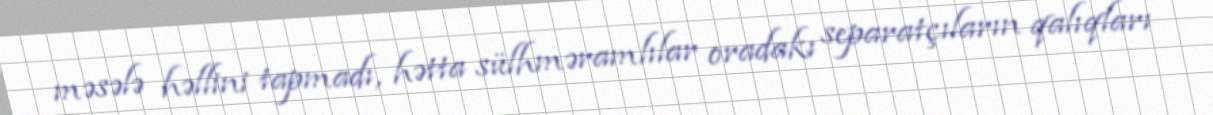
məsələ həllini tapmadı, hətta sülhməramlılar oradakı separatçıların qalıqları